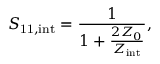
S _ { \mathrm { 1 1 , i n t } } = \frac { 1 } { 1 + \frac { 2 Z _ { 0 } } { Z _ { \mathrm { i n t } } } } ,